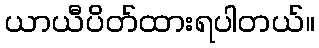
ယာယီပိတ်ထားရပါတယ်။